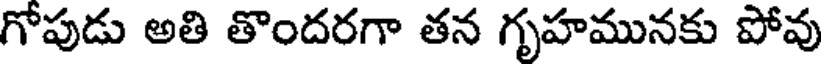
గోపుడు అతి తొందరగా తన గృహమునకు పోవు